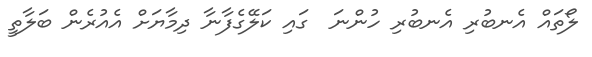
ލޯތައް އެނބުރި އެނބުރި ހުންނަ  ގައި ކަލޭގެފާނާ ދިމާޔަށް އެއުރެން ބަލާތީ